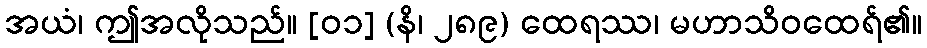
အယံ၊ ဤအလိုသည်။ [၀၁] (နိ၊ ၂၈၉) ထေရဿ၊ မဟာသိဝထေရ်၏။